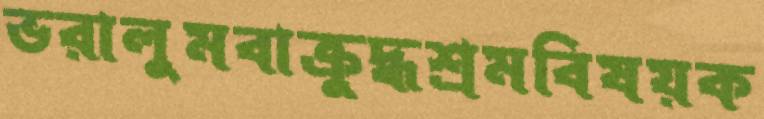
ভরালুমবাক্রুদ্ধশ্রমবিষয়ক